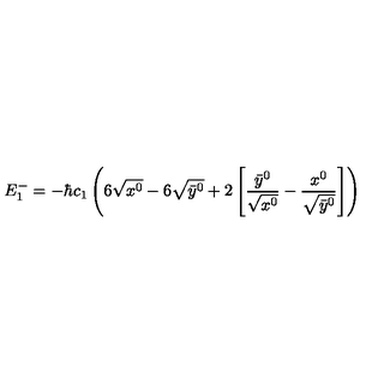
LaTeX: E _ { 1 } ^ { - } = - \hbar c _ { 1 } \left( 6 \sqrt { x ^ { 0 } } - 6 \sqrt { \bar { y } ^ { 0 } } + 2 \left[ \frac { \bar { y } ^ { 0 } } { \sqrt { x ^ { 0 } } } - \frac { x ^ { 0 } } { \sqrt { \bar { y } ^ { 0 } } } \right] \right)